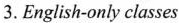
3.English-only classes